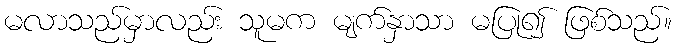
မလာသည်မှာလည်း သူမက မျက်နှာသာ မပြု၍ ဖြစ်သည်။